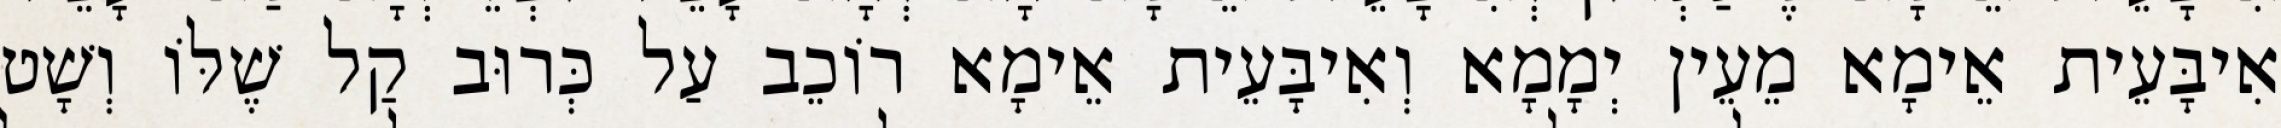
אִיבָּעֵית אֵימָא מֵעֵין יְמָמָא וְאִיבָּעֵית אֵימָא רוֹכֵב עַל כְּרוּב קַל שֶׁלּוֹ וְשָׁט